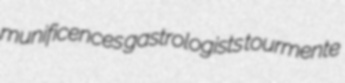
munificences gastrologists tourmente